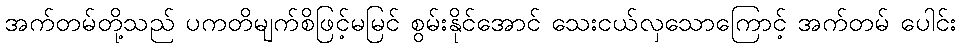
အက်တမ်တို့သည် ပကတိမျက်စိဖြင့်မမြင် စွမ်းနိုင်အောင် သေးငယ်လှသောကြောင့် အက်တမ် ပေါင်း